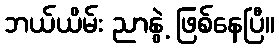
ဘယ်ယိမ်း ညာနွဲ့ ဖြစ်နေပြီ။